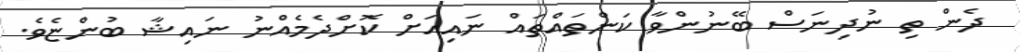
ދެން ތި ނުދިނަސް ބޭނުންވާ ކަންތައްތައް ނަައިއަށް ކޮށްދެމެއްނު ނައިޝާ ބުންޏެވެ.